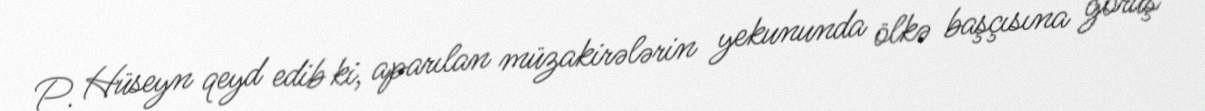
P. Hüseyn qeyd edib ki, aparılan müzakirələrin yekununda ölkə başçısına görüş